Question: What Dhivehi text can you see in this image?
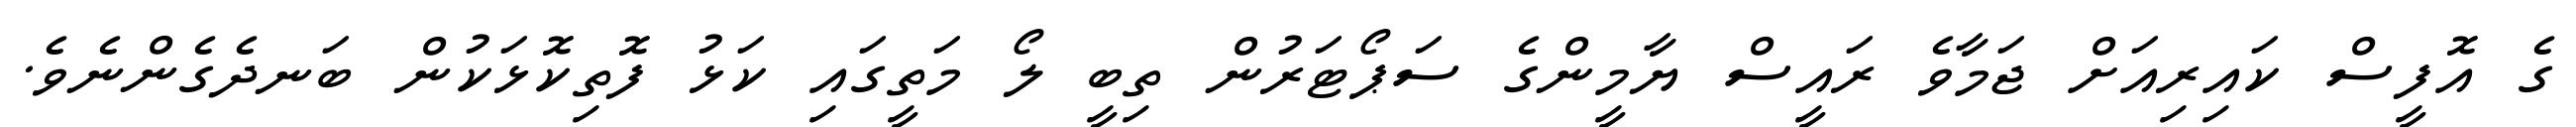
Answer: ގެ އޮފީސް ކައިރިއަށް ޖަމާވެ ރައީސް ޔާމީންގެ ސަޕޯޓަރުން ތިބީ ލޯ މަތީގައި ކަޅު ފޮތިކޮޅަކުން ބަނދެގެންނެވެ.